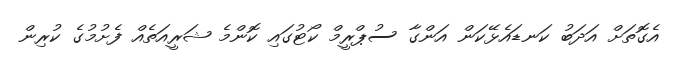
އެގޮތަށް އަދަބު ކަނޑައެޅޭކަން އަންގާ ސުޕްރީމް ކޯޓުގައި ކޮންމެ ޝަރީއަތެއް ފެށުމުގެ ކުރިން